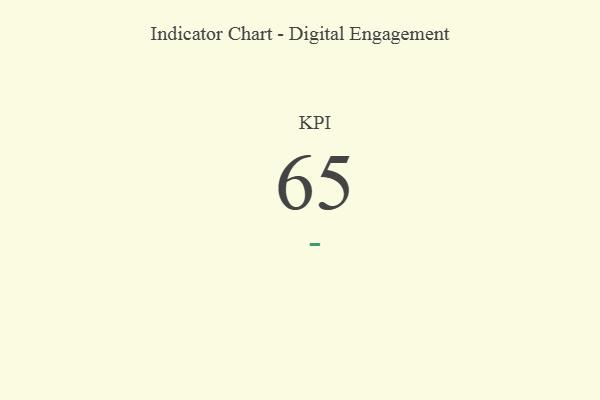
{"axis": {"x": "KPI", "y": "Value"}, "legend": [""], "data": [{"x": "KPI", "y": 65, "type": ""}]}